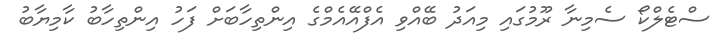
ސްޓެލްކޯ ސެމިނާ ރޫމުގައި މިއަދު ބޭއްވި އެފްއޭއެމްގެ އިންތިހާބަށް ފަހު އިންތިހާބު ކާމިޔާބު